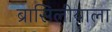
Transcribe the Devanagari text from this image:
ब्रासिलीयाला